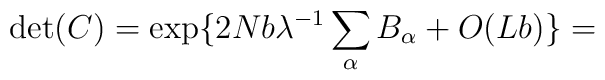
\det(C)= \exp \{2Nb \lambda^{-1} \sum_{\alpha}B_{\alpha}+O(Lb) \}=